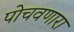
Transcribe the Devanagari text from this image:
पोचवणारा